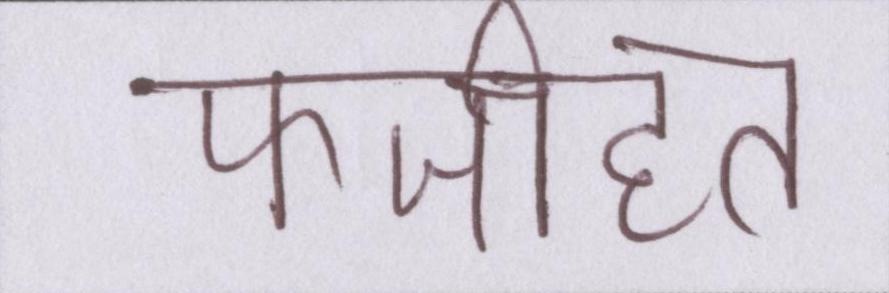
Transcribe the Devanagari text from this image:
फजीहत